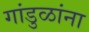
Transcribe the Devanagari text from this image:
गांडुळांना